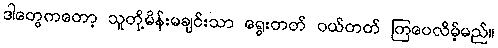
ဒါတွေကတော့ သူတို့မိန်းမချင်းသာ ရွေးတတ် ဝယ်တတ် ကြပေလိမ့်မည်။